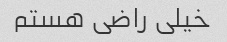
خیلی راضی هستم